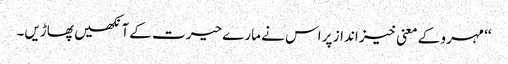
‘‘ مہرو کے معنی خیز انداز پر اس نے مارے حیرت کے آنکھیں پھاڑیں۔